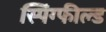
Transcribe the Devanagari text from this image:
स्पिंग्फील्ड